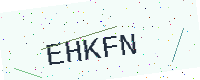
Text: EHKFN